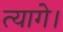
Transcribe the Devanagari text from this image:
त्यागे।